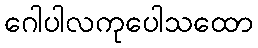
ဂေါပါလကုပေါသထော